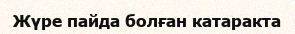
Жүре пайда болған катаракта